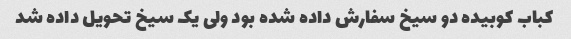
کباب کوبیده دو سیخ سفارش داده شده بود ولی یک سیخ تحویل داده شد